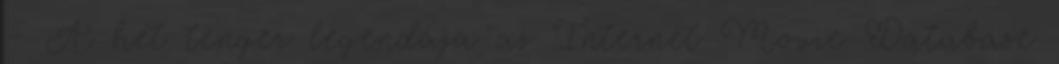
– A hét tenger legendája az Internet Movie Database